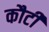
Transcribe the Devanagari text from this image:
कौटी